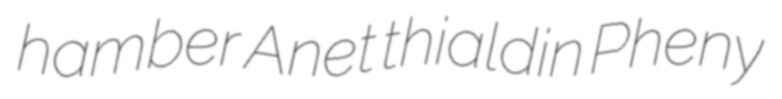
hamber Anet thialdin Pheny